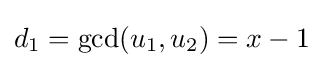
d_{1}=\gcd(u_{1},u_{2})=x-1